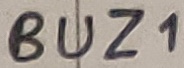
Text: BUZ1